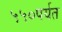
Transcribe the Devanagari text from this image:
५५०पर्यत